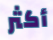
أكثر